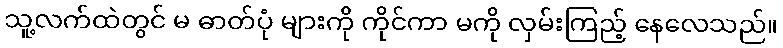
သူ့လက်ထဲတွင် မ ဓာတ်ပုံ များကို ကိုင်ကာ မကို လှမ်းကြည့် နေလေသည်။